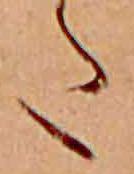
た